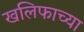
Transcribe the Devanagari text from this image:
खलिफाच्या